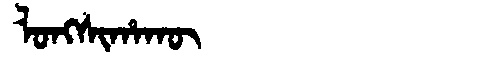
Manchu: ᠯᠣᠩᠰᡳᡥᠠᡴᡡ
Romanization: LONGSIHAKŪ